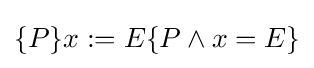
\{P\}x:=E\{P\wedge x=E\}